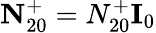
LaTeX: \textbf{N}_{20}^{+}=N_{20}^{+}\textbf{I}_{0}